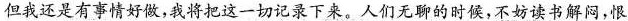
但我还是有事情好做，我将把这一切记录下来，人们无聊的时候，不妨读书解闷，恨